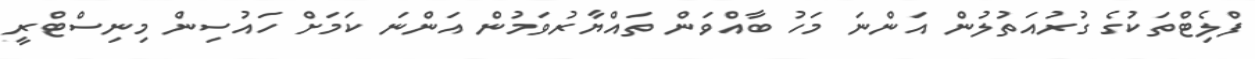
ފްލެިޓްތަކުގެ ގުރުއަތުލުން އަންނަ މަހު ބާއްވަން ތައްޔާރުވަމުން އަންނަ ކަމަށް ހައުސިން މިނިސްޓްރީ